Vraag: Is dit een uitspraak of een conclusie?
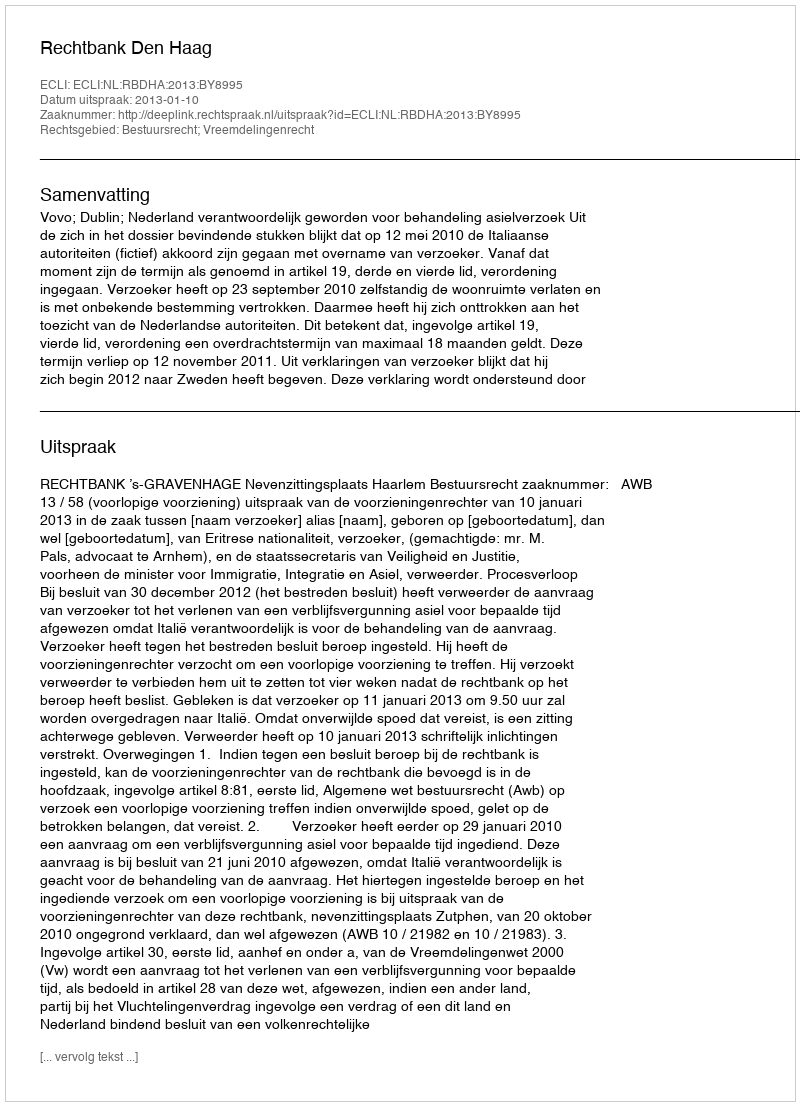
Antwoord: Uitspraak